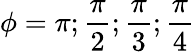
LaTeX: \phi=\pi;\frac{\pi}{2};\frac{\pi}{3};\frac{\pi}{4}